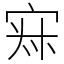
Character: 𡨜